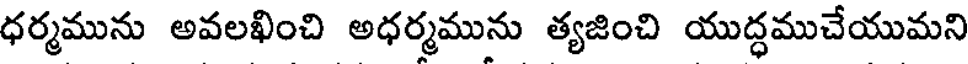
ధర్మమును అవలఖించి అధర్మమును త్యజించి యుద్ధముచేయుమని